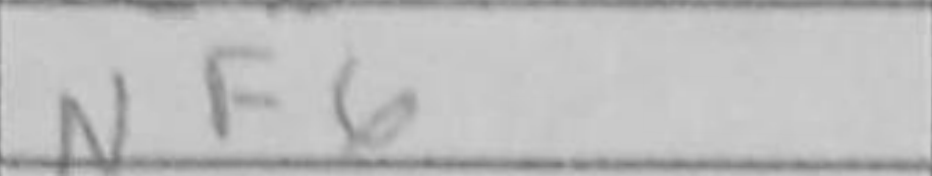
Transcription: Nf6